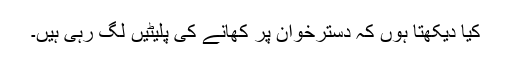
کیا دیکھتا ہوں کہ دسترخوان پر کھانے کی پلیٹیں لگ رہی ہیں۔